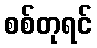
စစ်တုရင်